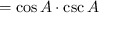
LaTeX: = \cos A \cdot \csc A